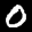
Label: 0